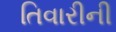
તિવારીની